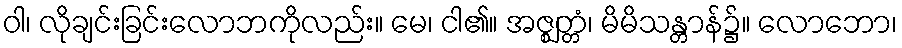
ဝါ၊ လိုချင်းခြင်းလောဘကိုလည်း။ မေ၊ ငါ၏။ အဇ္ဈတ္တံ၊ မိမိသန္တာန်၌။ လောဘော၊